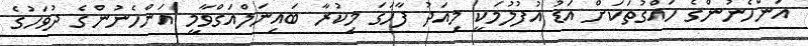
އަންހެނުންގެ ހައްގުތަކަށް އަޑު އުފުލުމަކީ މިއަދު ފާހަގަ މިކުރާ ބައިނަލްއަގްވާމީ އަންހެނުންގެ ދުވަހުގެ